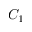
C _ { 1 }